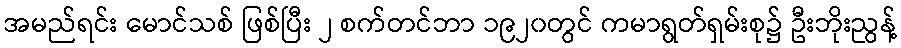
အမည်ရင်း မောင်သစ် ဖြစ်ပြီး ၂ စက်တင်ဘာ ၁၉၂၀တွင် ကမာရွတ်ရှမ်းစု၌ ဦးဘိုးညွန့်